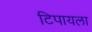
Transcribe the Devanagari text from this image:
टिपायला